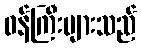
ဝန်ကြီးများသည်